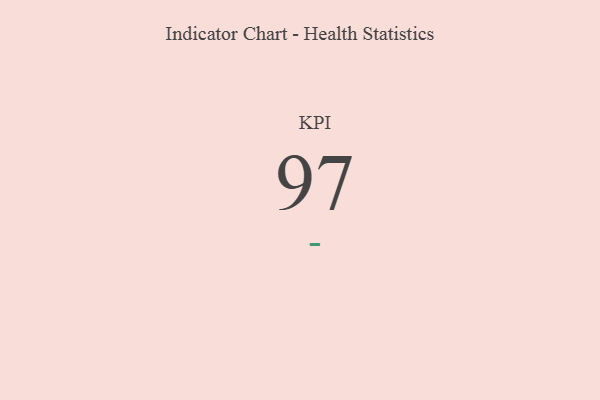
{"axis": {"x": "KPI", "y": "Value"}, "legend": [""], "data": [{"x": "KPI", "y": 97, "type": ""}]}